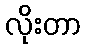
လိုးတာ